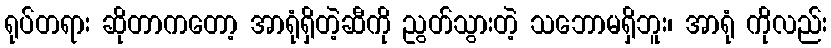
ရုပ်တရား ဆိုတာကတော့ အာရုံရှိတဲ့ဆီကို ညွတ်သွားတဲ့ သဘောမရှိဘူး၊ အာရုံ ကိုလည်း